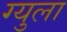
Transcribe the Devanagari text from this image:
ग्युला